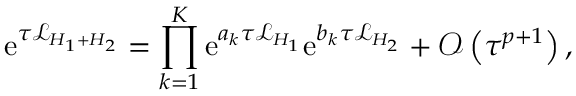
\mathrm { e } ^ { \tau \mathcal { L } _ { H _ { 1 } + H _ { 2 } } } = \prod _ { k = 1 } ^ { K } { \mathrm { e } ^ { a _ { k } \tau \mathcal { L } _ { H _ { 1 } } } \mathrm { e } ^ { b _ { k } \tau \mathcal { L } _ { H _ { 2 } } } } + \mathcal { O } \left( \tau ^ { p + 1 } \right) ,